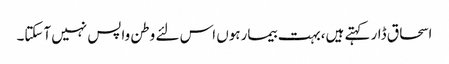
اسحاق ڈار کہتے ہیں،بہت بیمارہوں اس لئے وطن واپس نہیں آسکتا۔